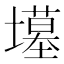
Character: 𫮲